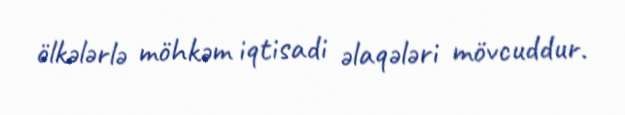
ölkələrlə möhkəm iqtisadi əlaqələri mövcuddur.